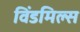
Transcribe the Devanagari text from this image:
विंडमिल्स